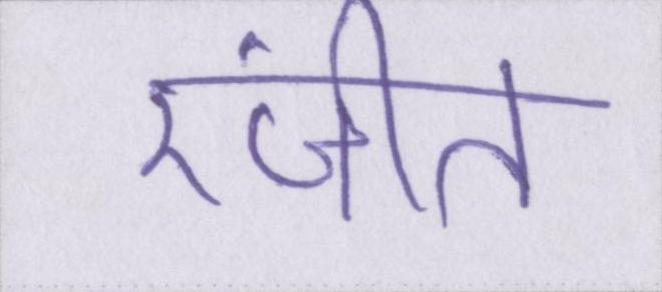
रंजीत